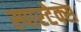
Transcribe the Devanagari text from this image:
स्पारटेक्स